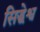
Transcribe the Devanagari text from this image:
सिद्धेश्व